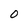
Character: 0